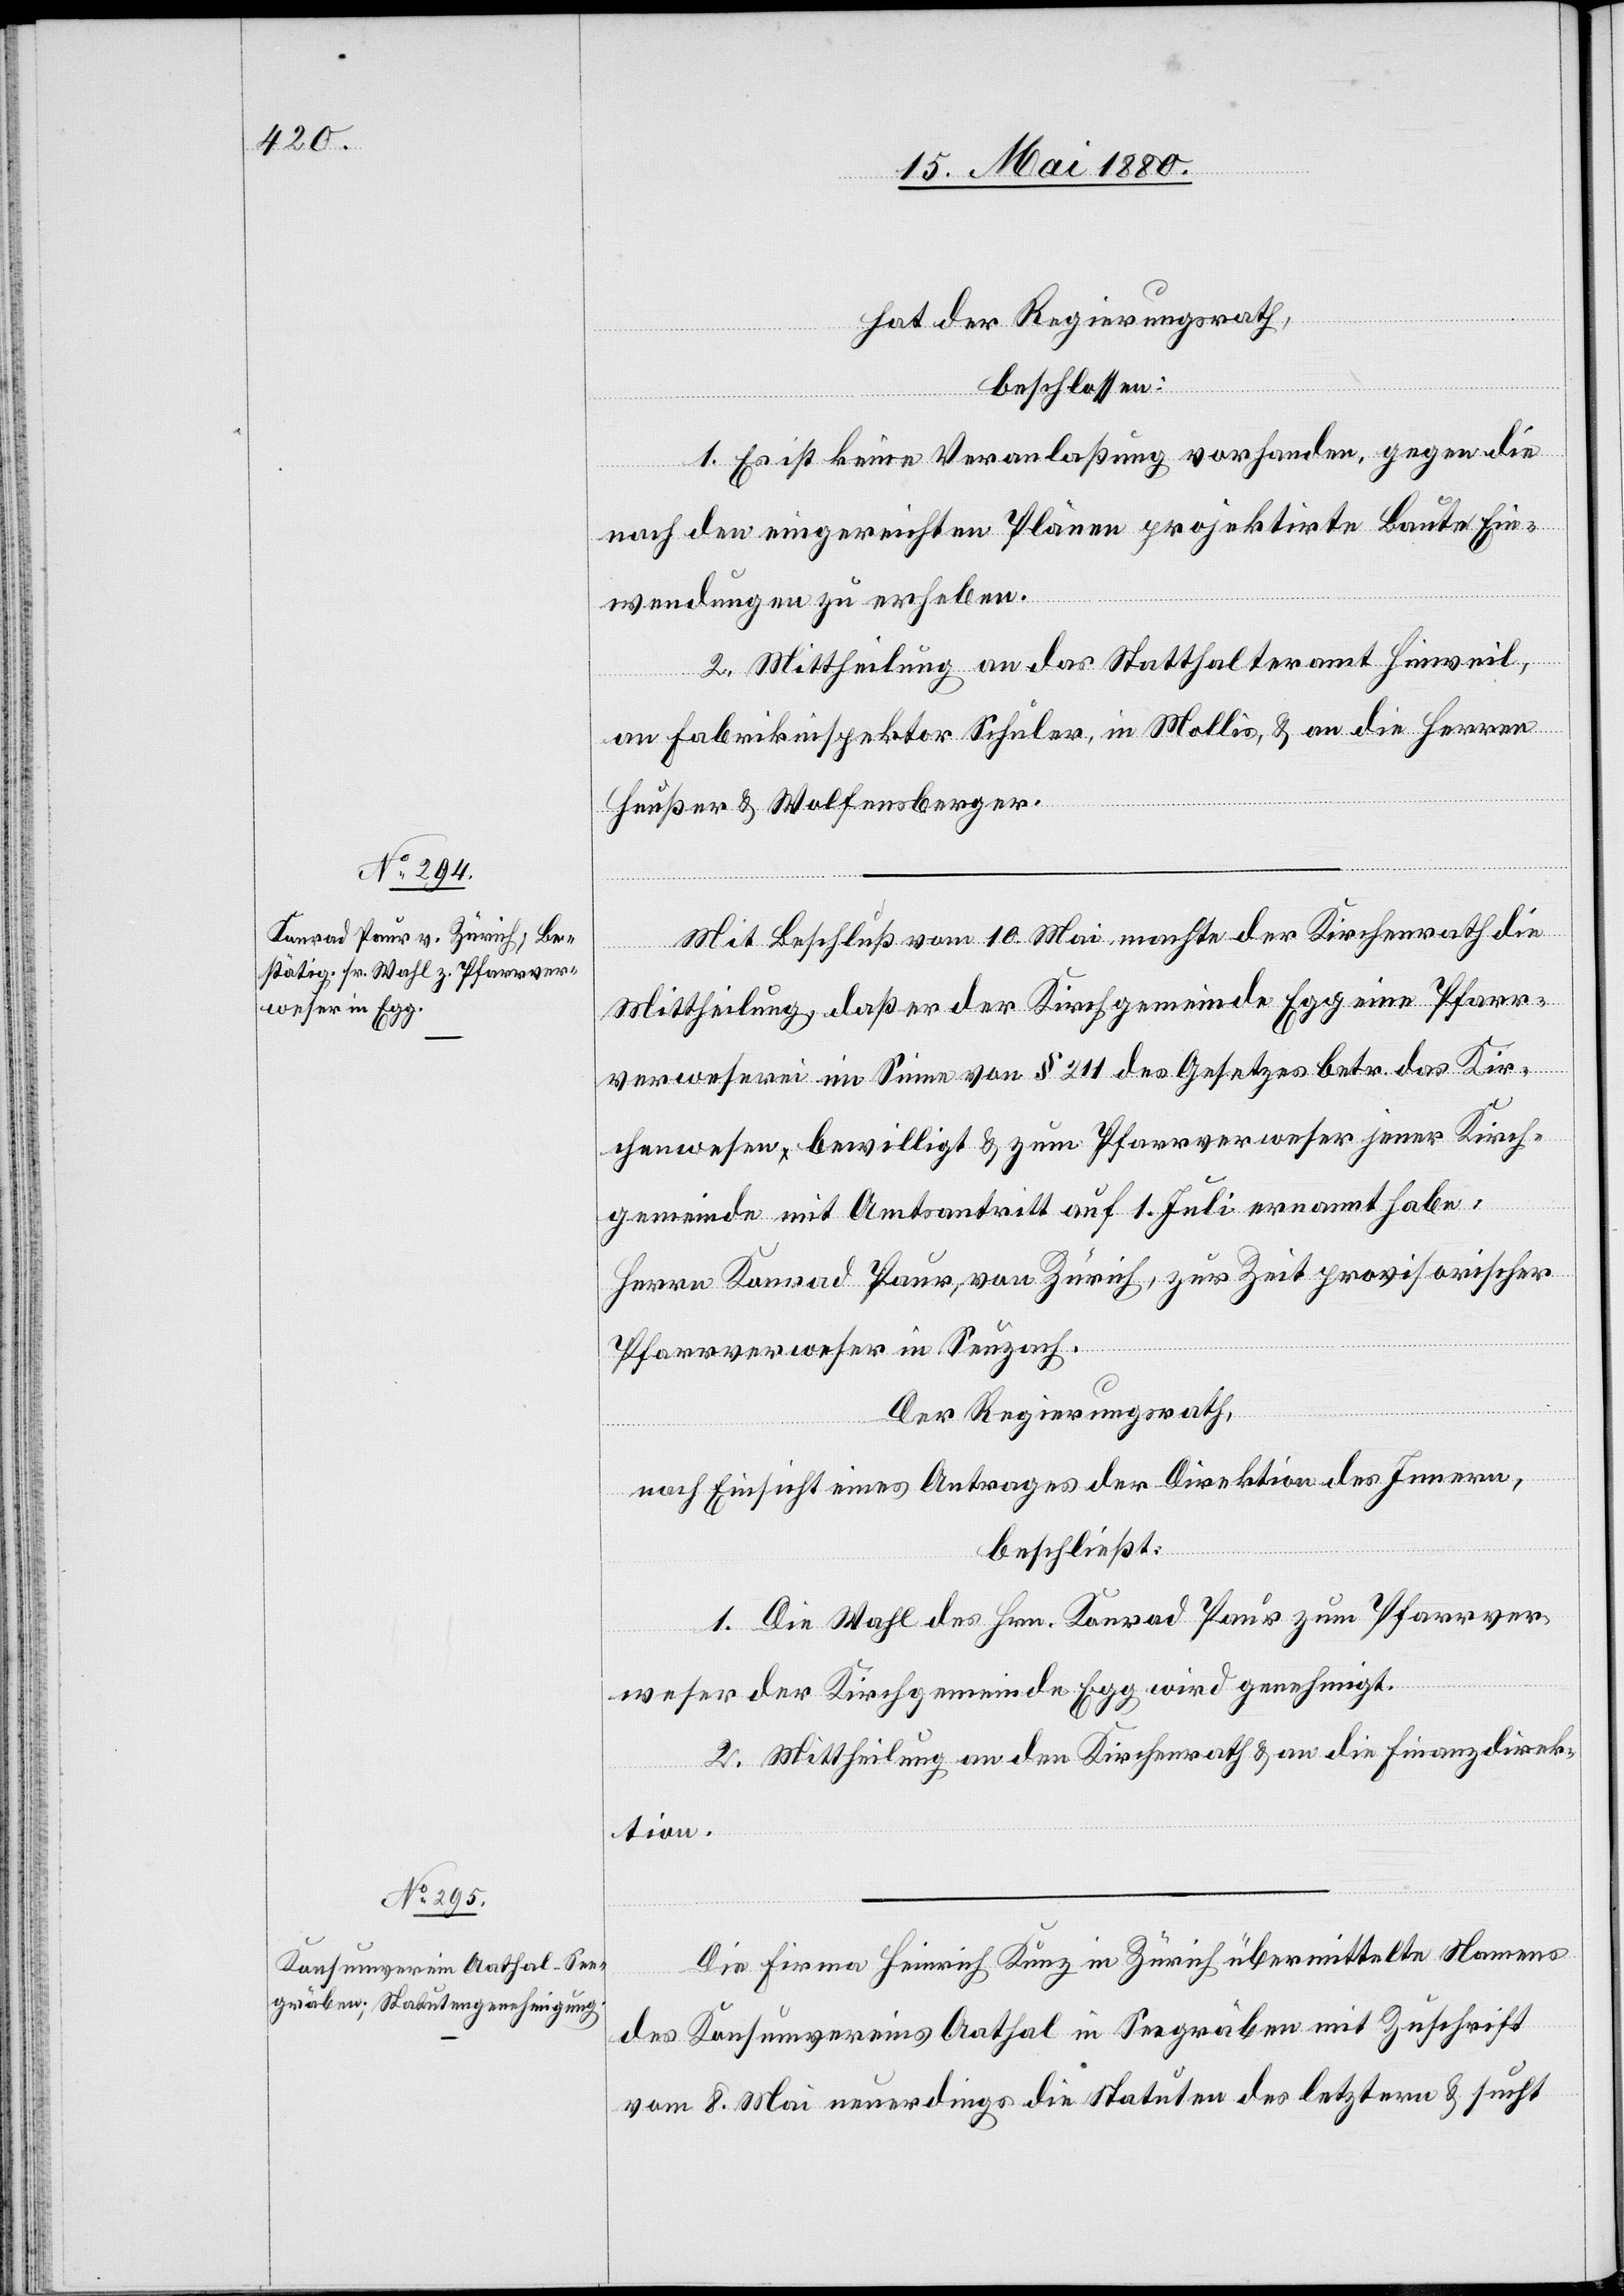
hat der Regierungsrath,
beschlossen:
1. Es ist keine Veranlaßung vorhanden, gegen die
nach den eingereichten Plänen projektirte Baute Ein¬
wendungen zu erheben.
2. Mittheilung an das Statthalteramt Hinweil,
an Fabrikinspektor Schuler, in Mollis, & an die Herren
Heußer & Wolfensberger.
Mit Beschluß vom 10. Mai machte der Kirchenrath die
Mittheilung, daß er der Kirchgemeinde Egg eine Pfarr¬
verweserei im Sinne von § 211 des Gesetzes betr. das Kir¬
chenwesen bewilligt & zum Pfarrverweser jener Kirch¬
gemeinde mit Amtsantritt auf 1. Juli ernannt habe:
Herrn Konrad Paur, von Zürich, zur Zeit provisorischer
Pfarrverweser in Seuzach.
Der Regierungsrath,
nach Einsicht eines Antrages der Direktion des Innern,
beschließt:
1. Die Wahl des Hrn. Konrad Paur zum Pfarrver¬
weser der Kirchgemeinde Egg wird genehmigt.
2. Mittheilung an den Kirchenrath & an die Finanzdirek¬
tion.
Die Firma Heinrich Kunz in Zürich übermittelte Namens
des Konsumvereins Aathal in Seegräben mit Zuschrift
vom 8. Mai neuerdings die Statuten des letztern & sucht